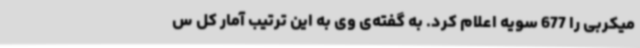
میکربی را 677 سویه اعلام کرد. به گفته‌ی وی به این ترتیب آمار کل س